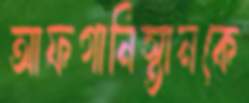
আফগানিস্তানকে